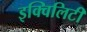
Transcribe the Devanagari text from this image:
इक्विलिटी